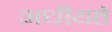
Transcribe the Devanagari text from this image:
अधीयते